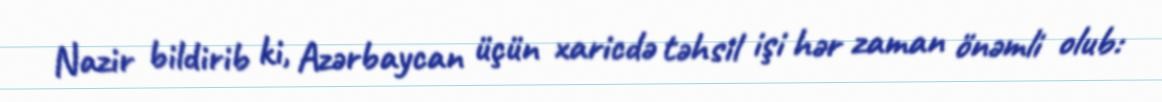
Nazir bildirib ki, Azərbaycan üçün xaricdə təhsil işi hər zaman önəmli olub: